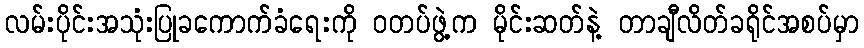
လမ်းပိုင်းအသုံးပြုခကောက်ခံရေးကို ဝတပ်ဖွဲ့က မိုင်းဆတ်နဲ့ တာချီလိတ်ခရိုင်အစပ်မှာ